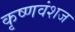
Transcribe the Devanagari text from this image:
कृष्‍णवंशज